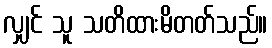
လျှင် သူ သတိထားမိတတ်သည်။